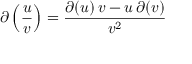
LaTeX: \partial \left( { \frac { u } { v } } \right) = { \frac { \partial ( u ) \, v - u \, \partial ( v ) } { v ^ { 2 } } }